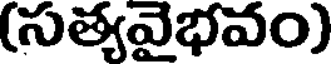
(సత్యవైభవం)